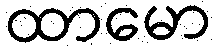
ထာမော